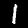
Digit: 1